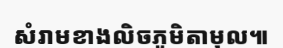
សំរាមខាងលិចភូមិតាមុល៕